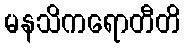
မနသိကရောတီတိ